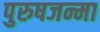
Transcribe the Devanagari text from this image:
पुरुषजन्मा